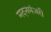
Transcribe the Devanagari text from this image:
मदनमंजरी